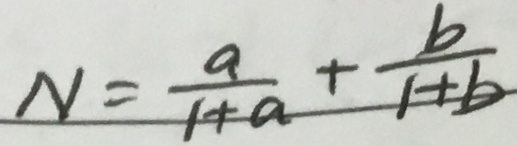
N = \frac { a } { 1 + a } + \frac { b } { 1 + b }